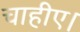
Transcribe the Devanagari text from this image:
चाहीए।